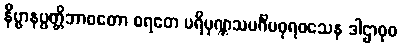
နိဗ္ဗာနပ္ပတ္တိဘာဝတော စရတေ ပရိပုဏ္ဏသမင်္ဂိမဓုရဝသေန ဒါဌာဝုဓ